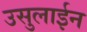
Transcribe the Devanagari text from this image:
उसुलाईन